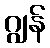
ဂျွန်